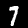
Digit: 7